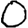
Digit: 0